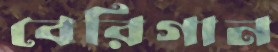
বেরিগান